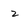
Character: 2